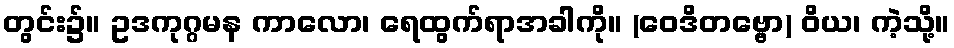
တွင်း၌။ ဥဒကုဂ္ဂမန ကာလော၊ ရေထွက်ရာအခါကို။ (ဝေဒိတဗ္ဗော) ဝိယ၊ ကဲ့သို့။